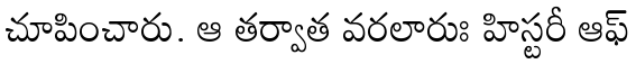
చూపించారు. ఆ తర్వాత వరలారుః హిస్టరీ ఆఫ్